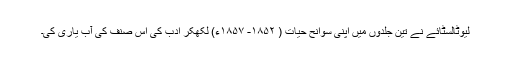
لیوٹالسٹائے نے تین جلدوں میں اپنی سوانح حیات ( ۱۸۵۲- ۱۸۵۷ء) لکھکر ادب کی اس صنف کی آب یاری کی۔